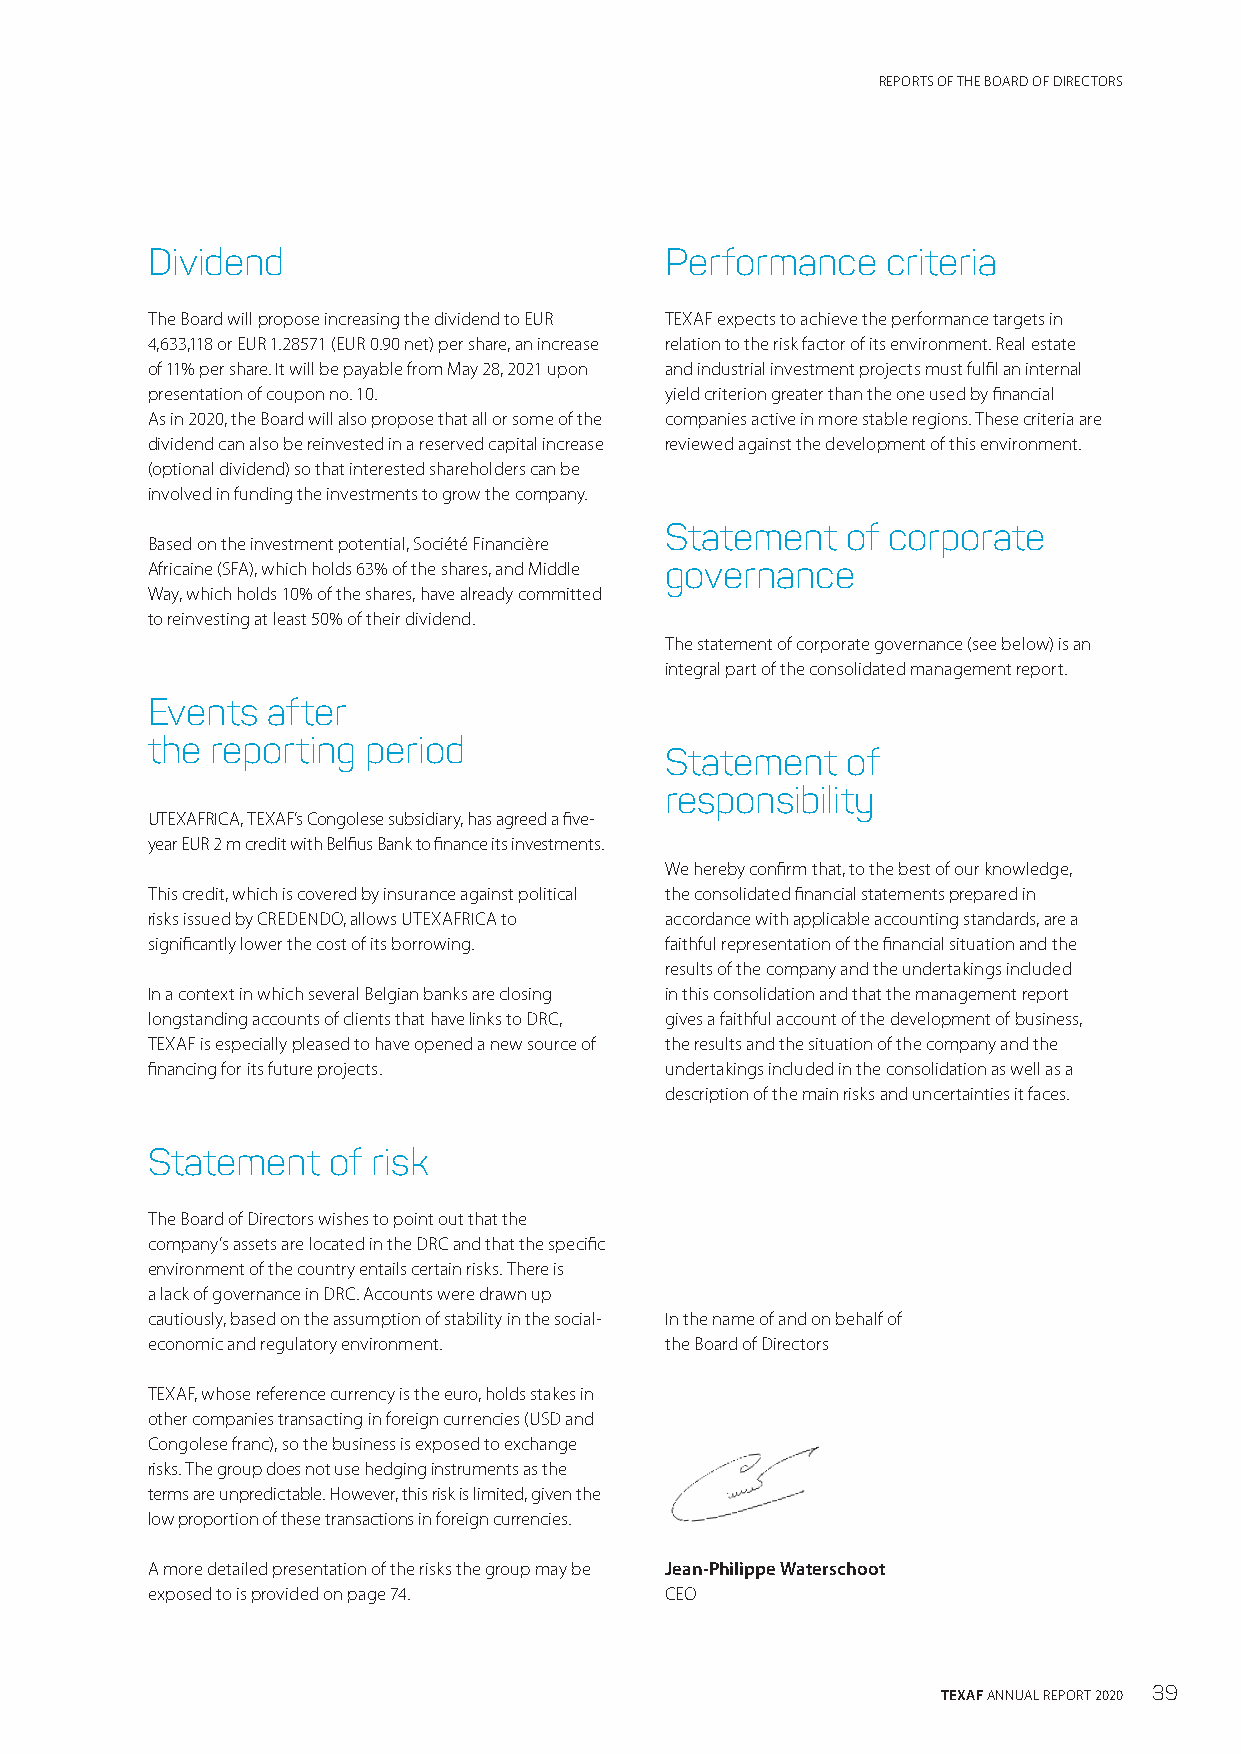
REPORTS OF THE BOARD OF DIRECTORS
 Dividend                          Performance    criteria
 The Board will propose increasing the dividend to EUR TEXAF expects to achieve the performance targets in
 4,633,118 or EUR 1.28571 (EUR 0.90 net) per share, an increase relation to the risk factor of its environment. Real estate
 of 11% per share. It will be payable from May 28, 2021 upon and industrial investment projects must fulfil an internal
 presentation of coupon no. 10.    yield criterion greater than the one used by financial
 As in 2020, the Board will also propose that all or some of the companies active in more stable regions. These criteria are
 dividend can also be reinvested in a reserved capital increase reviewed against the development of this environment.
 (optional dividend) so that interested shareholders can be
 involved in funding the investments to grow the company.
 Statement   of corporate
 Based on the investment potential, Société Financière
 Africaine (SFA), which holds 63% of the shares, and Middle governance
 Way, which holds 10% of the shares, have already committed
 to reinvesting at least 50% of their dividend.
 The statement of corporate governance (see below) is an
 integral part of the consolidated management report.
 Events  after
 the reporting period
 Statement   of
 responsibility
 UTEXAFRICA, TEXAF’s Congolese subsidiary, has agreed a five-
 year EUR 2 m credit with Belfius Bank to finance its investments.
 We hereby confirm that, to the best of our knowledge,
 This credit, which is covered by insurance against political the consolidated financial statements prepared in
 risks issued by CREDENDO, allows UTEXAFRICA to accordance with applicable accounting standards, are a
 significantly lower the cost of its borrowing. faithful representation of the financial situation and the
 results of the company and the undertakings included
 In a context in which several Belgian banks are closing in this consolidation and that the management report
 longstanding accounts of clients that have links to DRC, gives a faithful account of the development of business,
 TEXAF is especially pleased to have opened a new source of the results and the situation of the company and the
 financing for its future projects. undertakings included in the consolidation as well as a
 description of the main risks and uncertainties it faces.
 Statement   of risk
 The Board of Directors wishes to point out that the
 company’s assets are located in the DRC and that the specific
 environment of the country entails certain risks. There is
 a lack of governance in DRC. Accounts were drawn up
 cautiously, based on the assumption of stability in the social- In the name of and on behalf of
 economic and regulatory environment. the Board of Directors
 TEXAF, whose reference currency is the euro, holds stakes in
 other companies transacting in foreign currencies (USD and
 Congolese franc), so the business is exposed to exchange
 risks. The group does not use hedging instruments as the
 terms are unpredictable. However, this risk is limited, given the
 low proportion of these transactions in foreign currencies.
 A more detailed presentation of the risks the group may be Jean-Philippe Waterschoot
 exposed to is provided on page 74. CEO
 TEXAF ANNUAL REPORT 2020 39